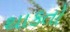
થાકતો